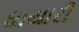
ધાયારી